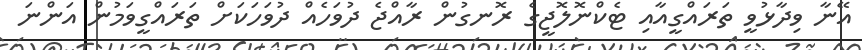
އޭނާ ވިދާޅުވީ ތަރައްގީއާއި ޓެކްނޮލޮޖީގެ ރޮނގުން ރާއްޖެ ދުވަހެއް ދުވަހަކަށް ތަރައްގީވަމުން އަންނަ